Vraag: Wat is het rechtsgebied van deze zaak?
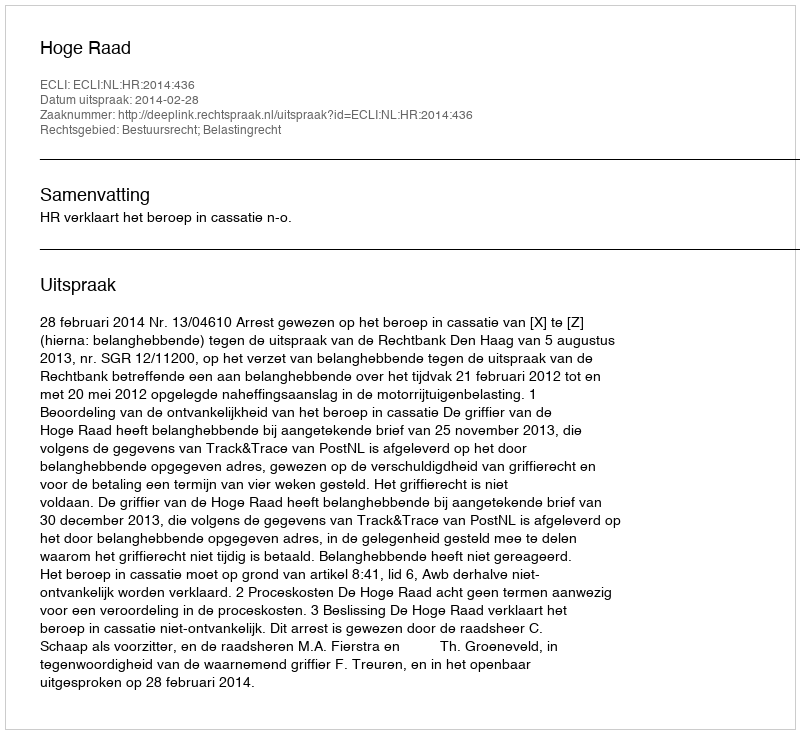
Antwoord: Bestuursrecht; Belastingrecht